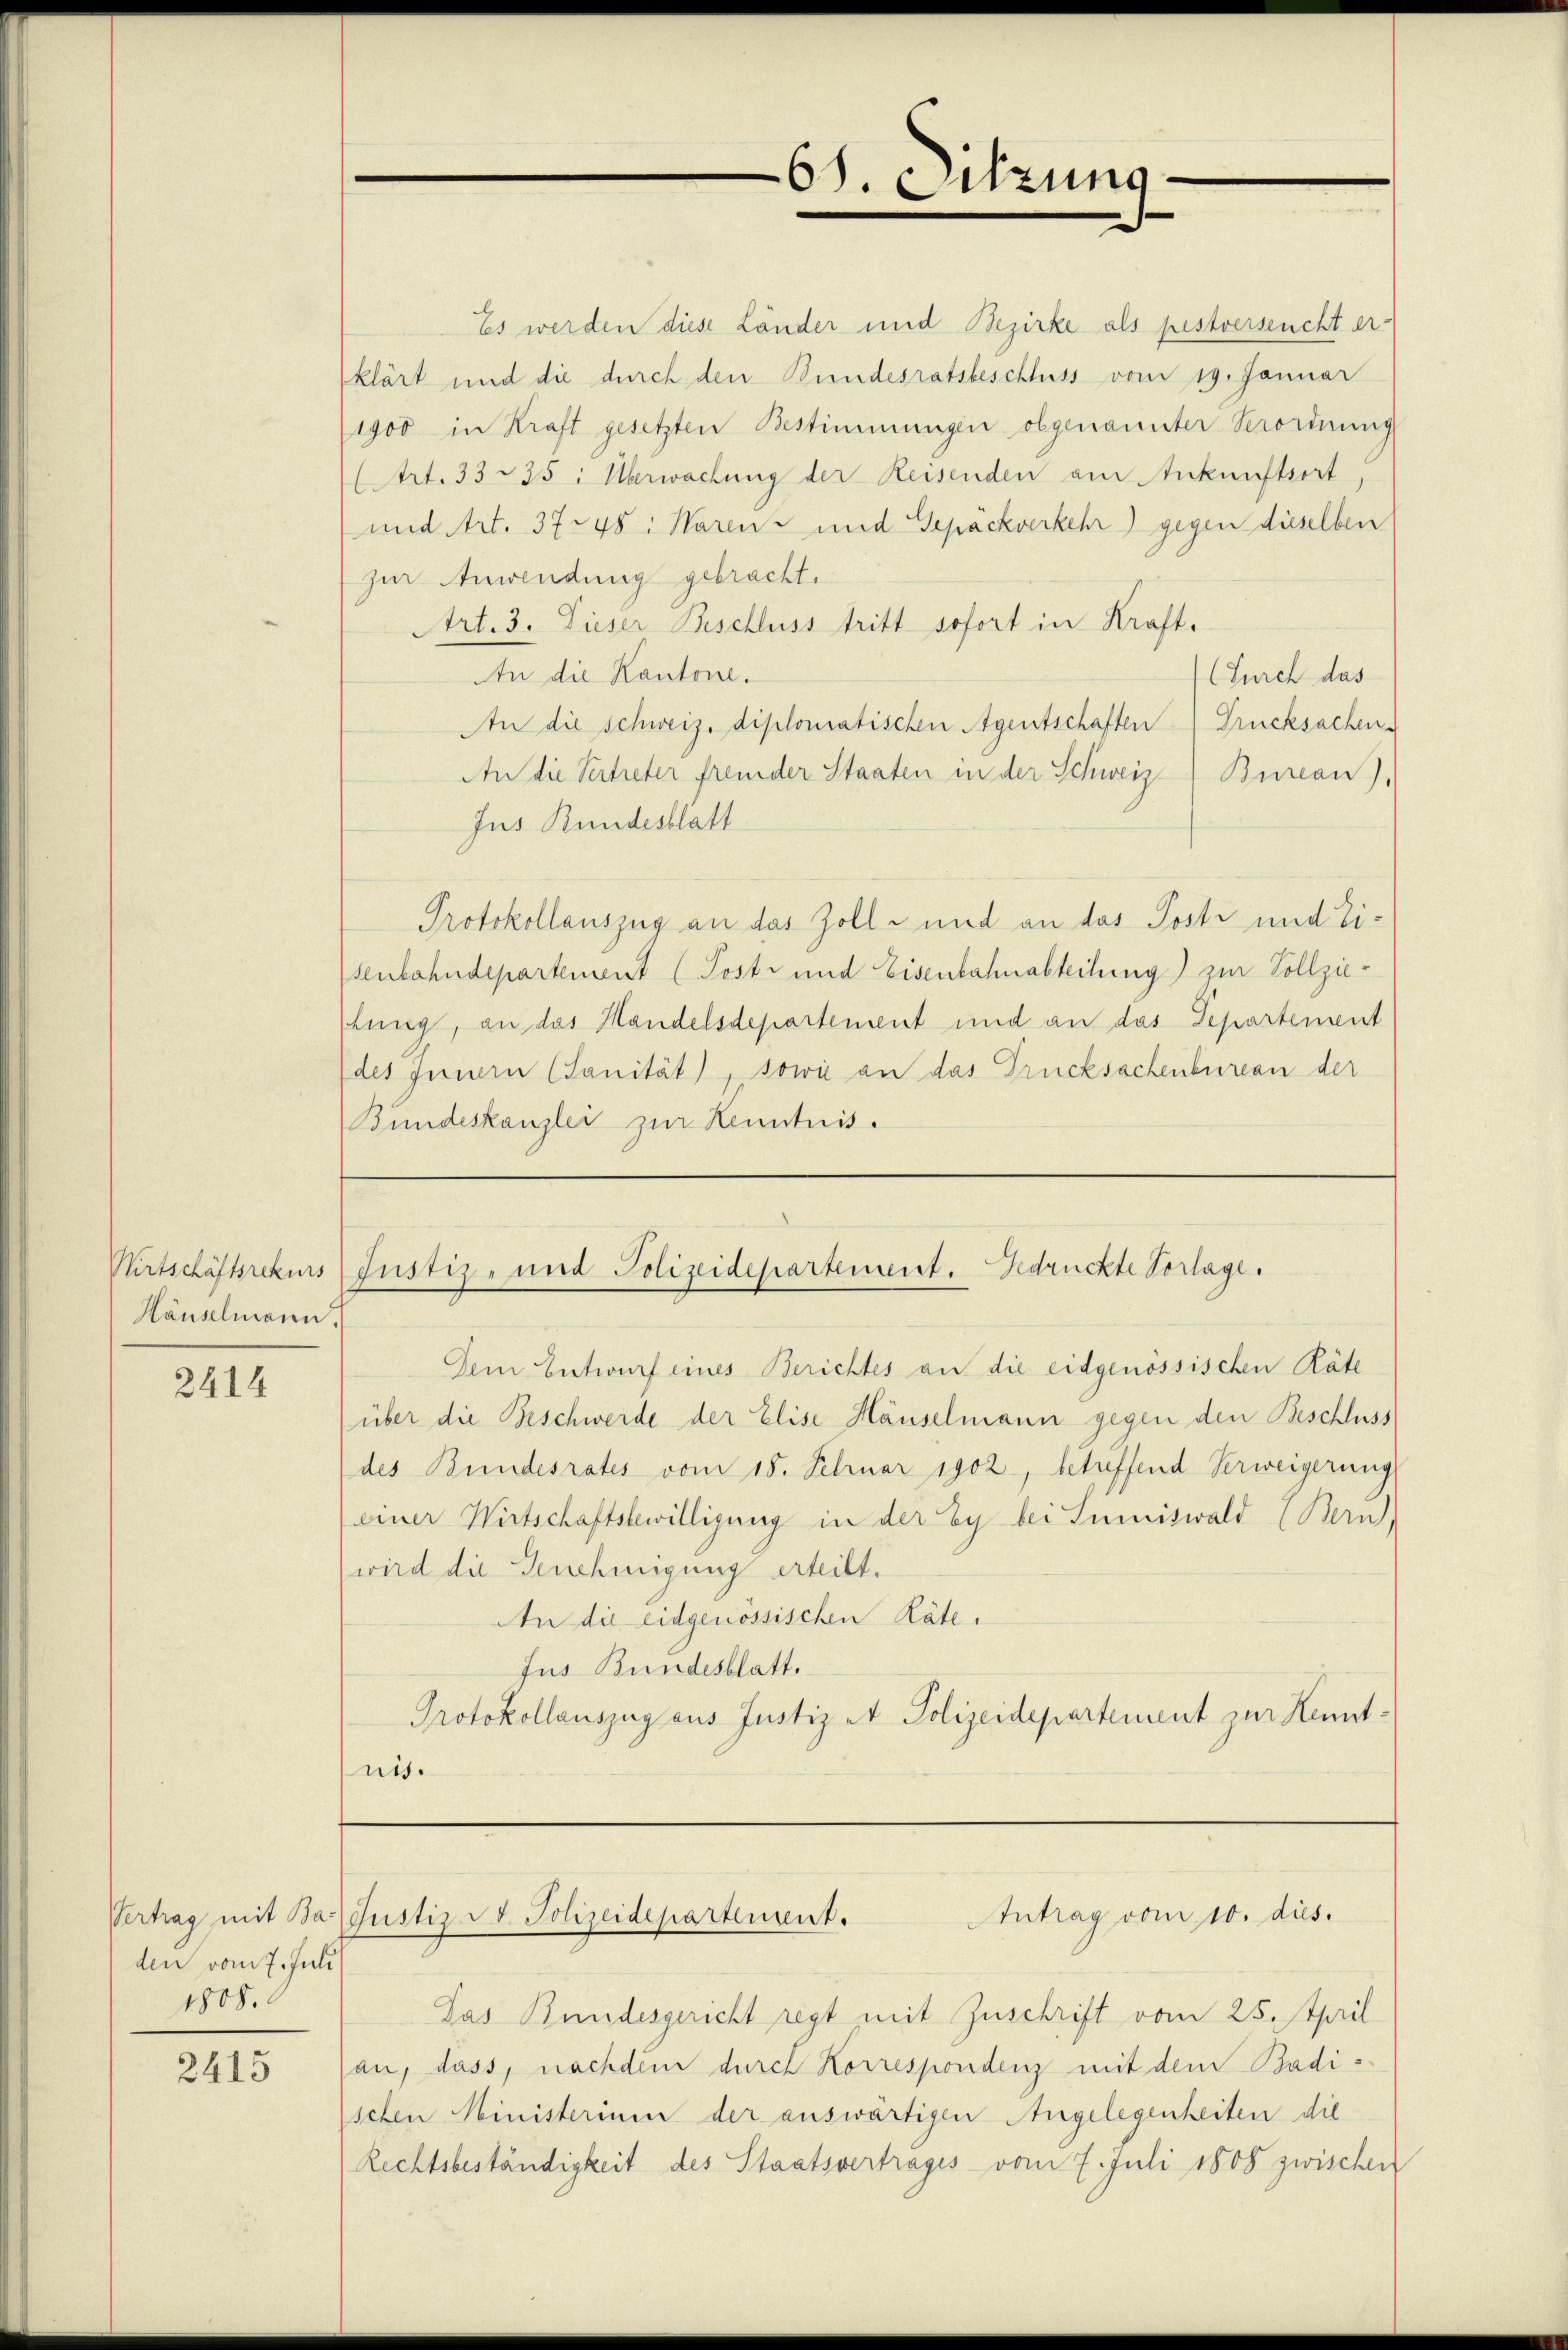
68. Sitzung.

Es werden diese Länder und Bezirke als pestverseucht er-
klärt und die durch den Bundesratsbeschluss vom 19. Januar
1900 in Kraft gesetzten Bestimmungen obgenannter Verordnung
(Art. 3335: Überwachung der Reisenden am Ankunftsort
und Art. 3748: Waren und Gepäckverkehr gegen dieselben
zur Anwendung gebracht.
Art. 3. Dieser Beschluss tritt sofort in Kraft.
An die Kantone.
(Durch das
An die Schweiz. diplomatischen Agentschaften Drucksachen.
An die Vertreter fremder Staaten in der Schweiz. Bureau),
Jus Bundesblatt
Protokollauszug an das Zolle und an das Posti und Tisenbahndepartement (Posti und Eisenbahnabteilung) zur Vollzietung, an das Handelsdepartement und an das Departement
des Innern (Sanität), sowie an das Drucksachenbureau der
Bundeskanzlei zur Kenntnis.

Wirtschäftsrekurs Justiz- und Polizeidepartement. Gedrückte Vorlage.

Häuselmann.

Dem Entwurf eines Berichtes an die eidgenössischen Räte
über die Beschwerde der Elise Häuselmann gegen den Beschluss
des Bundesrates vom 18. Februar 1902, betreffend Verweigerung
(einer Wirtschaftsbewilligung in der Ey bei Sumiswald (Bern,
wird die Genehmigung erteilt.
An die eidgenössischen Räte.
Jus Bundesblatt.
Protokollauszug aus Justiz et Polizeidepartement zur Kenntnis.

2414

Antrag vom 10. dies.
Vertrag mit Bar Justiz St. Polizeidepartement.

den vom 7. Juli
1808.

Pas Bundesgericht regt mit Zuschrift vom 25. April
an, dass, nachdem durch Korrespondenz mit dem Badischen Ministerium der auswärtigen Angelegenheiten die
Rechtsbeständigkeit des Staatsvertrages vom 7. Juli 1808 zwischen

2415